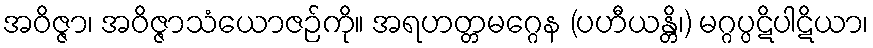
အဝိဇ္ဇာ၊ အဝိဇ္ဇာသံယောဇဉ်ကို။ အရဟတ္တမဂ္ဂေန (ပဟီယန္တိ၊) မဂ္ဂပ္ပဋိပါဋိယာ၊